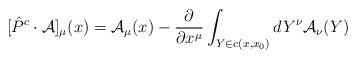
LaTeX: \begin{align*}[\hat{P}^{c} \cdot {\cal A}]_{\mu}(x) = {\cal A}_{\mu}(x) -\frac{\partial}{\partial x^{\mu}} \int_{Y \in c(x,x_{0})} dY^{\nu}{\cal A}_{\nu}(Y)\end{align*}